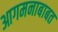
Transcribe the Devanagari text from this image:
आगमनाबाबत